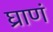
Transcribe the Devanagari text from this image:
घ्राणं